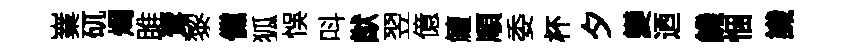
嶪矹燭雎鷟黎儻狐悞呌猷翌億鱣順委杯夕變迺饑悃識